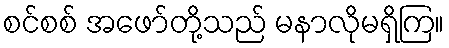
စင်စစ် အဖော်တို့သည် မနာလိုမရှိကြ။